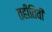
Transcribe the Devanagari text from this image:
तहीतिवी